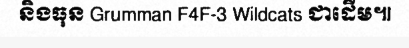
និងធុន Grumman F4F-3 Wildcats ជាដើម៕